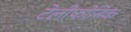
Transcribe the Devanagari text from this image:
टेलीफोनिक